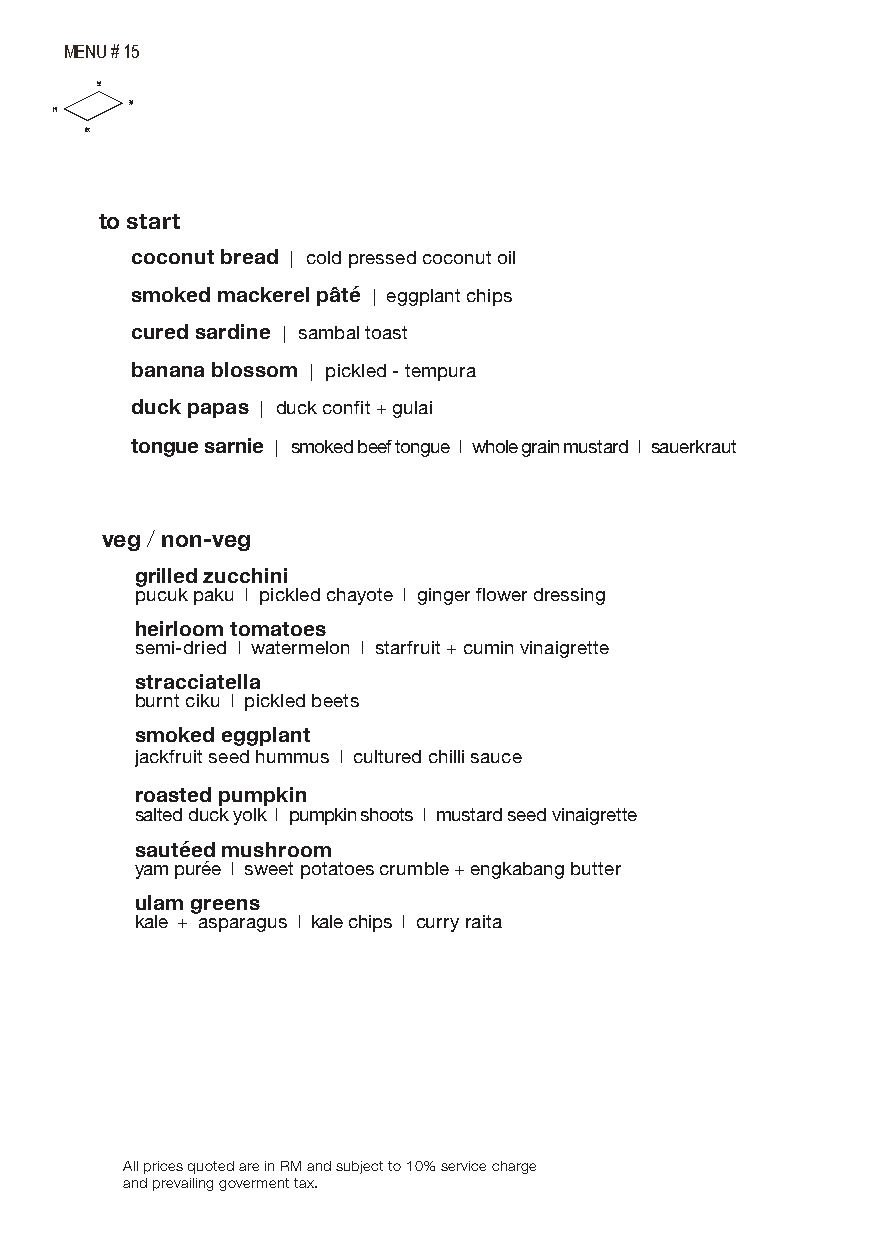
MENU # 15
 to start
 coconut bread | cold pressed coconut oil
 smoked mackerel pâté | eggplant chips
 cured sardine | sambal toast
 banana blossom | pickled - tempura
 duck papas | duck confit + gulai
 tongue sarnie | smoked beef tongue I whole grain mustard I sauerkraut
 veg / non-veg
 grilled zucchini
 pucuk paku I pickled chayote I ginger flower dressing
 heirloom tomatoes
 semi-dried I watermelon I starfruit + cumin vinaigrette
 stracciatella
 burnt ciku I pickled beets
 smoked eggplant
 jackfruit seed hummus I cultured chilli sauce
 roasted pumpkin
 salted duck yolk I pumpkin shoots I mustard seed vinaigrette
 sautéed mushroom
 yam purée I sweet potatoes crumble + engkabang butter
 ulam greens
 kale + asparagus I kale chips I curry raita
 All prices quoted are in RM and subject to 10% service charge
 and prevailing goverment tax.